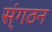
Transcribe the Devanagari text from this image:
स्ंगठन